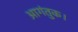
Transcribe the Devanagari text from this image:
आगंतुक।